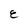
Character: E